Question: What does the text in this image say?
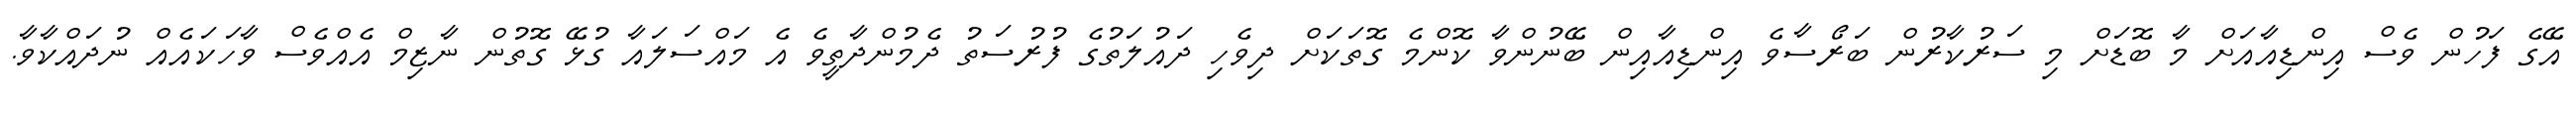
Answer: އޭގެ ފަހުން ވެސް އިންޑިއާއަށް މާ ބޮޑަށް މި ސަރުކާރުން ބަރޯސާވެ އިންޑިއާއިން ބޭނުންވާ ކޮންމެ ގޮތަކަށް ދިވެހި ދައުލަތުގެ ފުރުސަތު ދެމުންދާތީވެ އެ މައްސަލައާ ގުޅޭ ގޮތުން ނާޒިމް އެއްވެސް ވާހަކައެއް ނުދައްކާވާ.